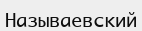
Называевский